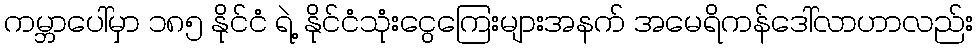
ကမ္ဘာပေါ်မှာ ၁၈၅ နိုင်ငံ ရဲ့ နိုင်ငံသုံးငွေကြေးများအနက် အမေရိကန်ဒေါ်လာဟာလည်း